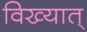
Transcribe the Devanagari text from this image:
विख्यात्